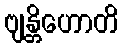
ဗျန္တိဟောတိ